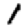
Digit: 1